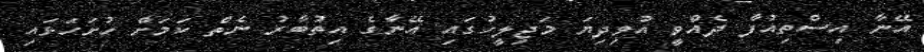
އޭނާ އިސްތިއުފާ ދެއްވީ އުވިދިޔަ މަޖިލީހުގައި އޭނާގެ އިތުބާރު ނެތް ކަމަށް ހުށަހަޅައި